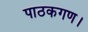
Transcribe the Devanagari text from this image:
पाठकगण।